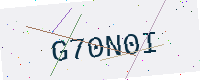
Text: G70N0I